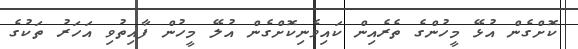
ކޮށްގެން އުޅޭ މީހުންގެ ތެރެއިން ކައިވެނިކޮށްގެން އުލޭ މީހުން ފާއިތުވި އަހަރު ތަކުގެ